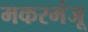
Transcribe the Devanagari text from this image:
मकरमंजू